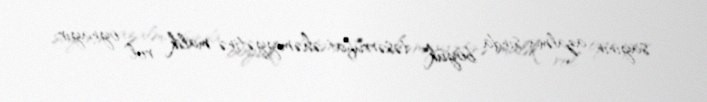
sayının azalma-sında böyük təsərrüfat əhəmiyyətinə malik rol oynayır.